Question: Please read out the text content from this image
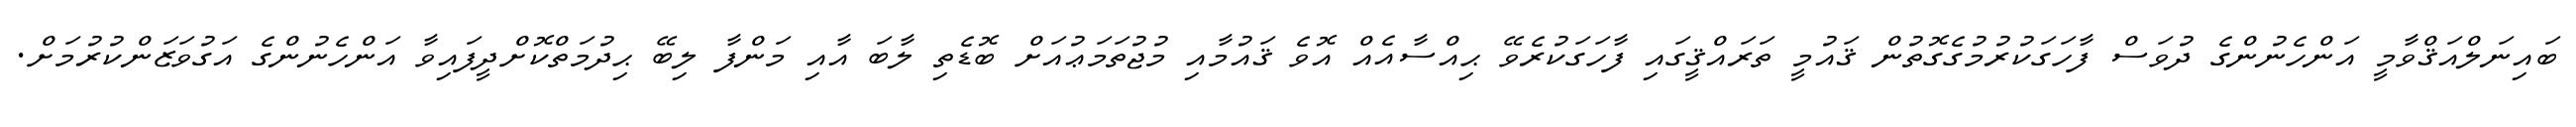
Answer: ބައިނަލްއަޤްވާމީ އަންހެނުންގެ ދުވަސް ފާހަގަކުރުމުގެގޮތުން ޤައުމީ ތަރައްޤީގައި ފާހަގަކުރެވޭ ޙިއްސާއެއް އޮވެ ޤައުމާއި މުޖުތަމަޢުއަށް ބޮޑެތި ލާބަ އާއި މަންފާ ލިބޭ ޙިދުމަތްކޮށްދީފައިވާ އަންހެނުންގެ އަގުވަޒަންކުރުމަށް.